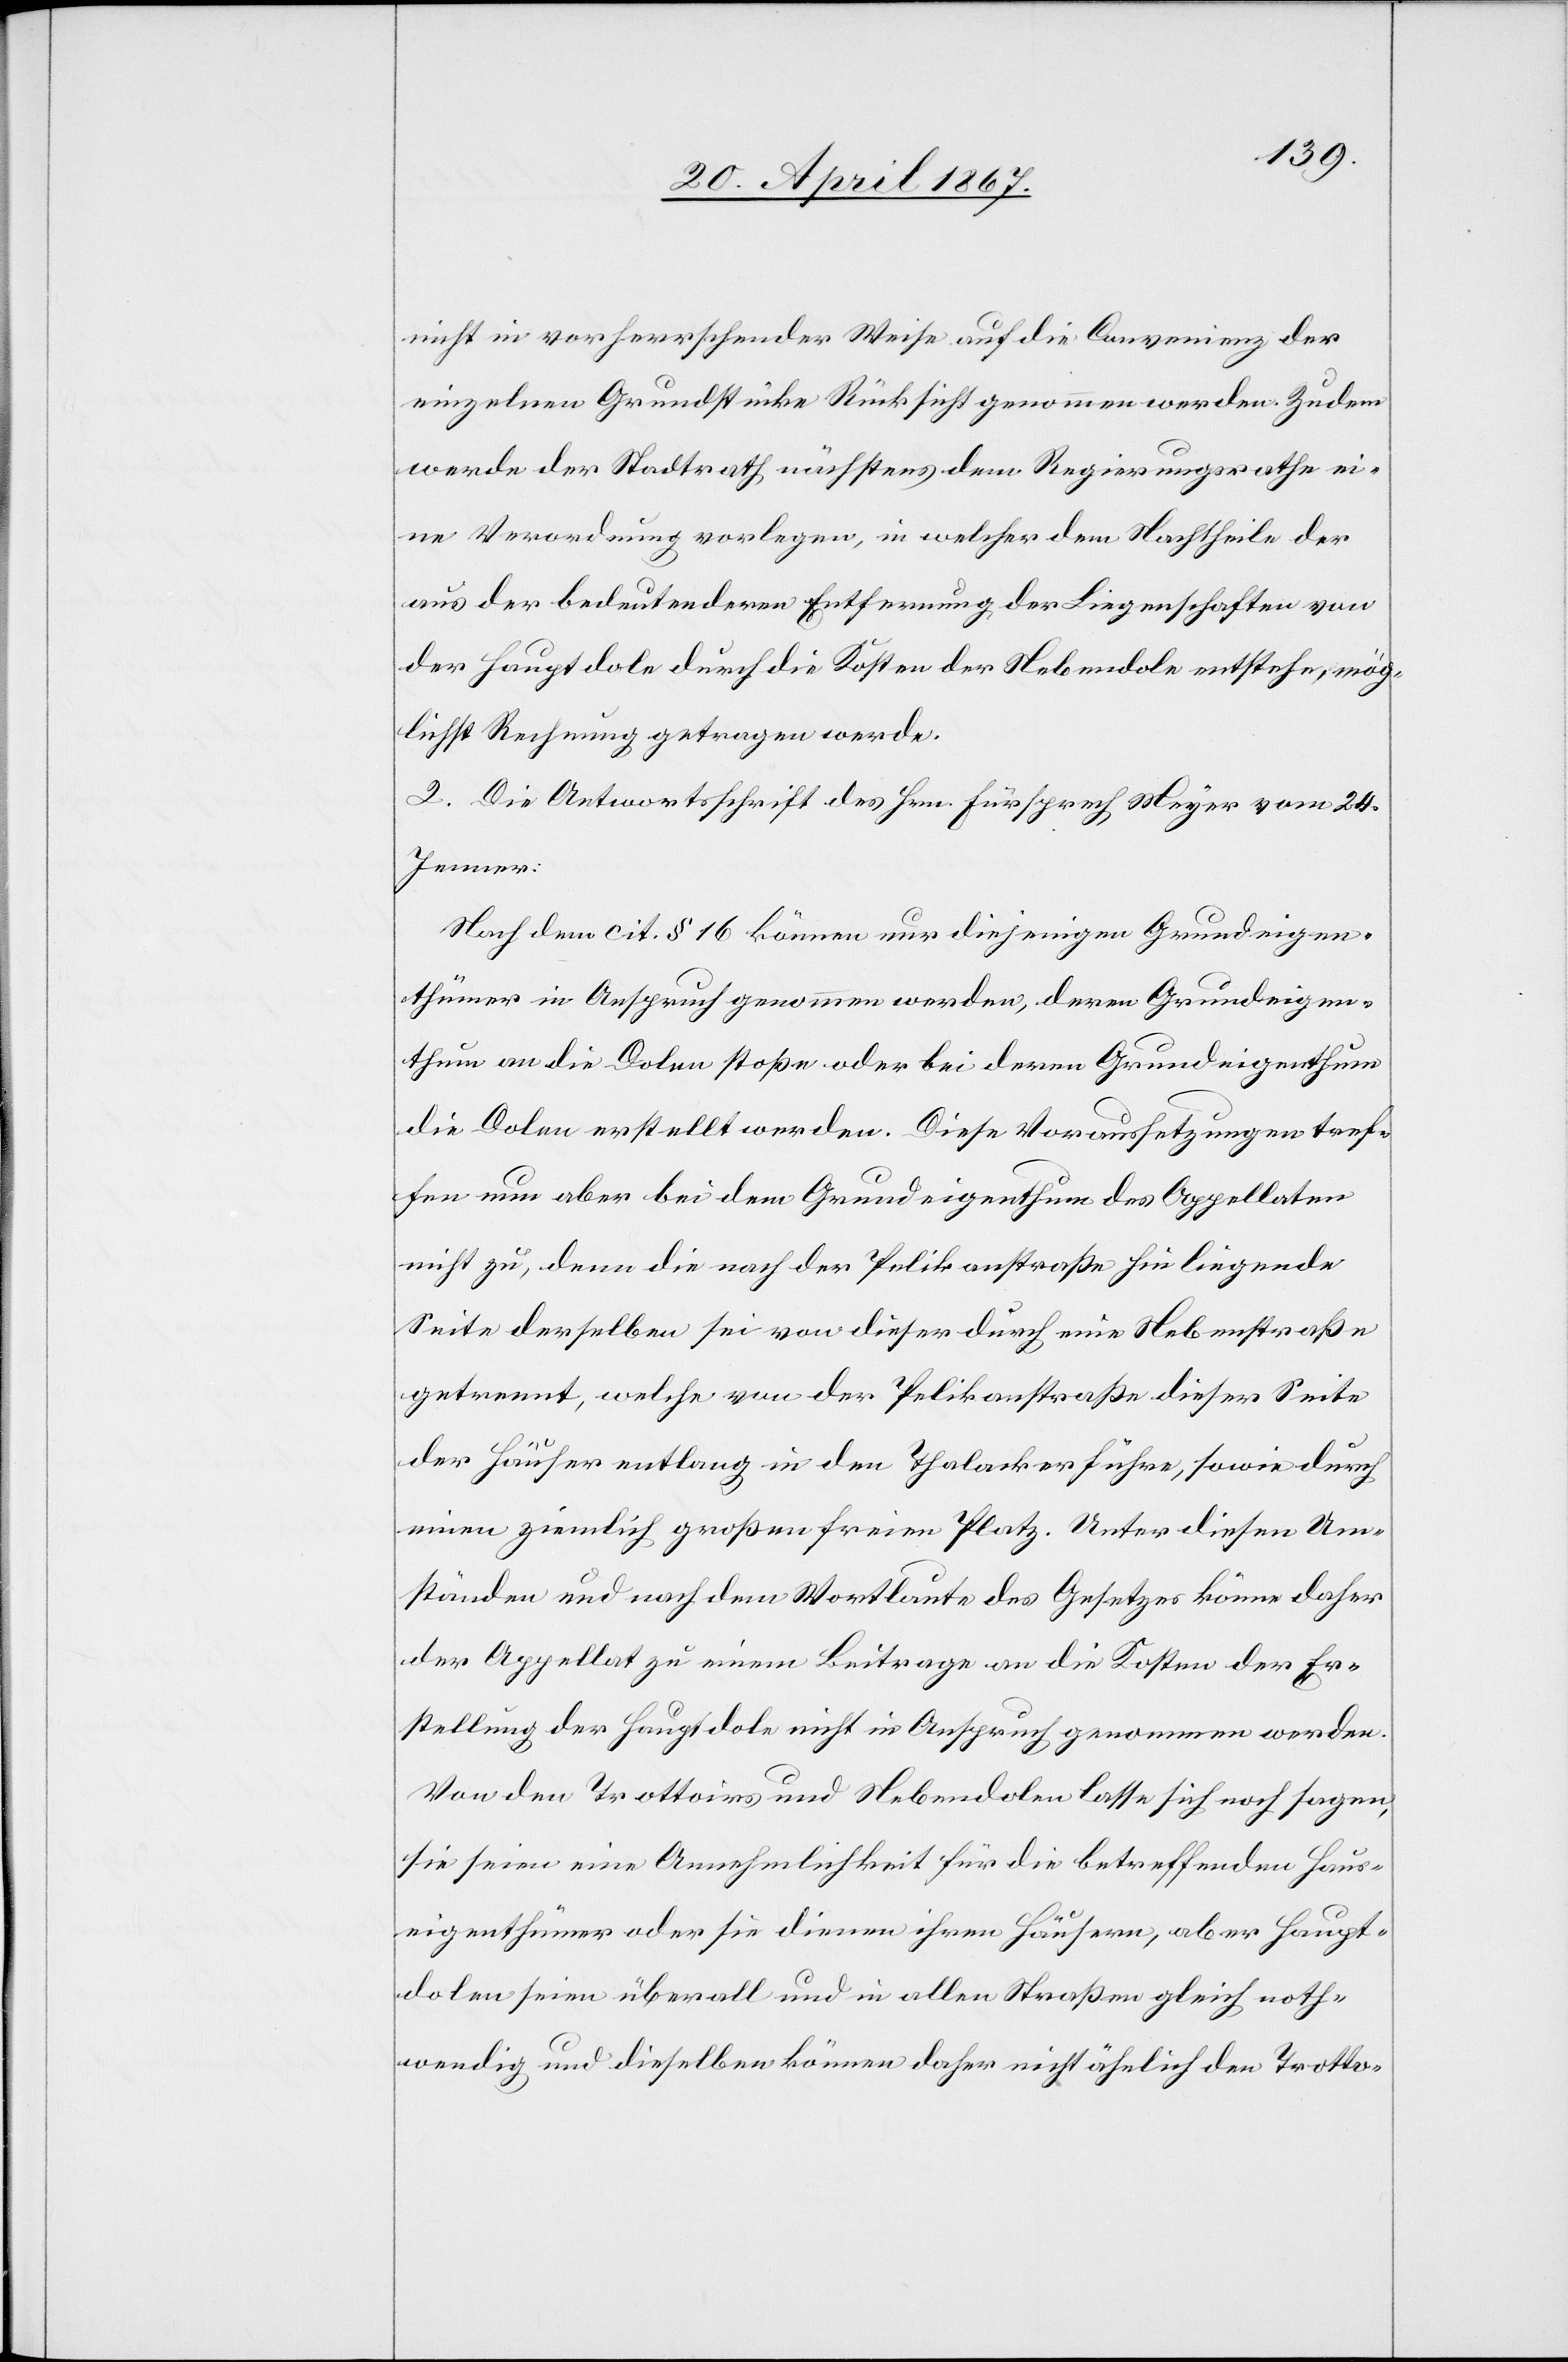
nicht in vorherrschender Weise auf die Convenienz der
einzelnen Grundstücke Rücksicht genommen werden. Zudem
werde der Stadtrath nächstens dem Regierungsrathe ei¬
ne Verordnung vorlegen, in welcher dem Nachtheile der
aus der bedeutenderen Entfernung der Liegenschaften von
der Hauptdole durch die Kosten der Nebendole entstehe, mög¬
lichst Rechnung getragen werde.
2. Die Antwortschrift des Hrn. Fürsprech Meyer vom 24.
Jenner:
Nach dem cit. § 16 können nur diejenigen Grundeigen¬
thümer in Anspruch genommen werden, deren Grundeigen¬
thum an die Dolen stoße oder bei deren Grundeigenthum
die Dolen erstellt werden. Diese Voraussetzungen tref¬
fen nun aber bei dem Grundeigenthum des Appellaten
nicht zu, denn die nach der Pelikanstraße hin liegende
Seite derselben sei von dieser durch eine Nebenstraße
getrennt, welche von der Pelikanstraße dieser Seite
der Häuser entlang in den Thalacker führe, sowie durch
einen ziemlich großen freien Platz. Unter diesen Um¬
ständen und nach dem Wortlaute des Gesetzes könne daher
der Appellat zu einem Beitrage an die Kosten der Er¬
stellung der Hauptdole nicht in Anspruch genommen werden.
Von den Trottoirs und Nebendolen lasse sich noch sagen,
sie seien eine Annehmlichkeit für die betreffenden Haus¬
eigenthümer oder sie dienen ihren Häusern, aber Haupt¬
dolen seien überall und in allen Straßen gleich noth¬
wendig und dieselben können daher nicht ähnlich den Trotto-